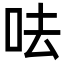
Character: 呿